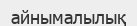
айнымалылық